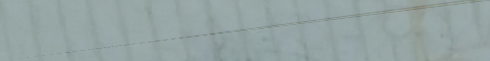
فندق روتانا يقدم إقامة مر